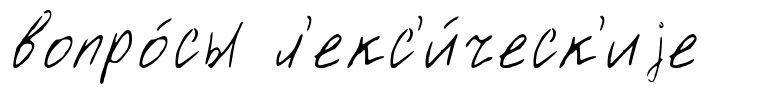
вопро́сы л'екс'и́ческ'иjе